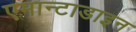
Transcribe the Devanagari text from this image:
एमान्टाडाइन